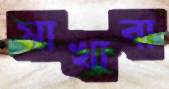
মাখাবা